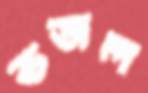
ভজল